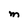
Character: M